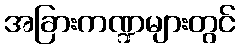
အခြားကဏ္ဍများတွင်